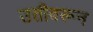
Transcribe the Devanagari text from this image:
उतीवरून